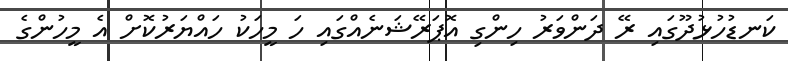
ކަނޑުހުޅުދޫގައި ރޭ ދަންވަރު ހިންގި އޮޕަރޭޝަނެއްގައި ހަ މީހަކު ހައްޔަރުކޮށް އެ މީހުންގެ